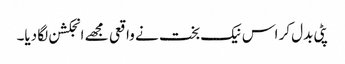
پٹی بدل کر اس نیک بخت نے واقعی مجھے انجکشن لگا دیا۔